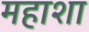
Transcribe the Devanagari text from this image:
महाशा